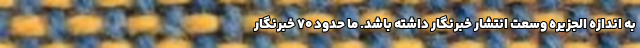
به اندازه الجزیره وسعت انتشار خبرنگار داشته باشد. ما حدود 70 خبرنگار